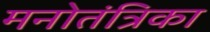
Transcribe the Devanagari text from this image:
मनोतंत्रिका